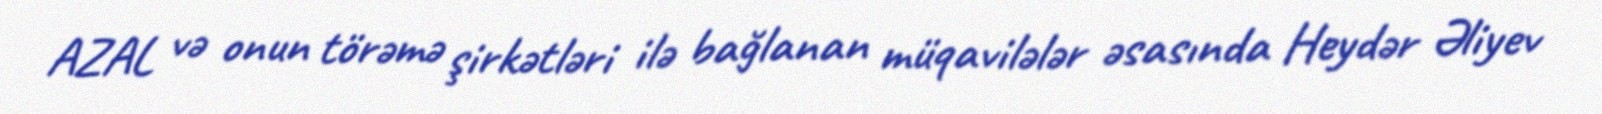
AZAL və onun törəmə şirkətləri ilə bağlanan müqavilələr əsasında Heydər Əliyev